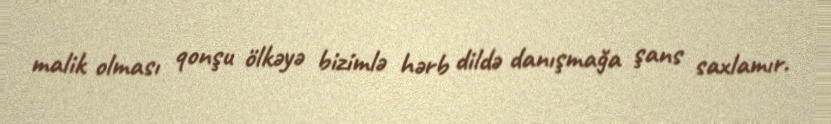
malik olması qonşu ölkəyə bizimlə hərb dildə danışmağa şans saxlamır.